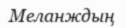
Меланждың